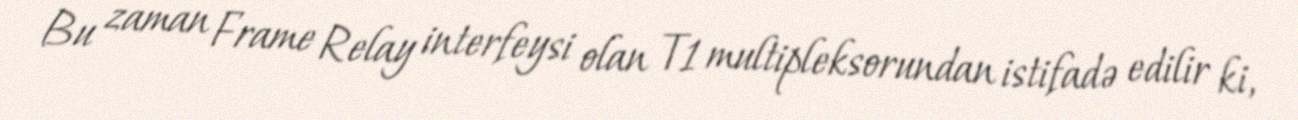
Bu zaman Frame Relay interfeysi olan T1 multipleksorundan istifadə edilir ki,